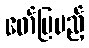
ဖော်ပြမည့်